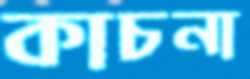
কাচনা